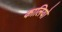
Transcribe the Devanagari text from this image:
कालियो